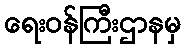
ရေးဝန်ကြီးဌာနမှ